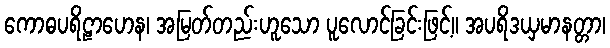
ကောဓပရိဠာဟေန၊ အမြတ်တည်းဟူသော ပူလောင်ခြင်းဖြင့်။ အပရိဒယှမာနတ္တာ၊